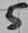
Text: 5